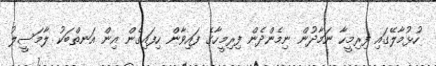
ހުޅުމާލޭގައި ފިރިމީހާ ނަމާދުން ނިމެންދެން ފިރިމީހާގެ ފައިވާން ހިފައިގެން އިން އަނތްބަކު ލާމަސީލު